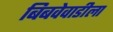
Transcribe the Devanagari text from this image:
बिबवेवाडीला